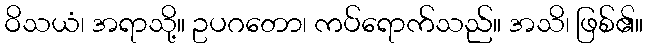
ဝိသယံ၊ အရာသို့။ ဥပဂတော၊ ကပ်ရောက်သည်။ အသိ၊ ဖြစ်၏။